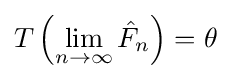
T\left(\lim _{n\rightarrow \infty }{\hat {F}}_{n}\right)=\theta